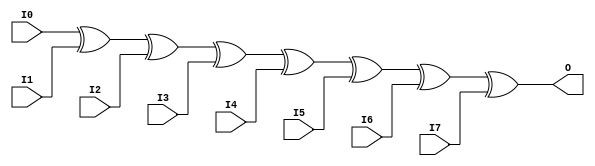
module fold_xor88 (
    input [7:0] I0,
    input [7:0] I1,
    input [7:0] I2,
    input [7:0] I3,
    input [7:0] I4,
    input [7:0] I5,
    input [7:0] I6,
    input [7:0] I7,
    output [7:0] O
);
assign O = ((((((I0 ^ I1) ^ I2) ^ I3) ^ I4) ^ I5) ^ I6) ^ I7;
endmodule